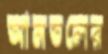
আমতলের